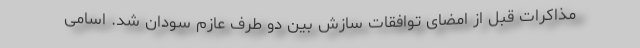
مذاکرات قبل از امضای توافقات سازش بین دو طرف عازم سودان شد. اسامی